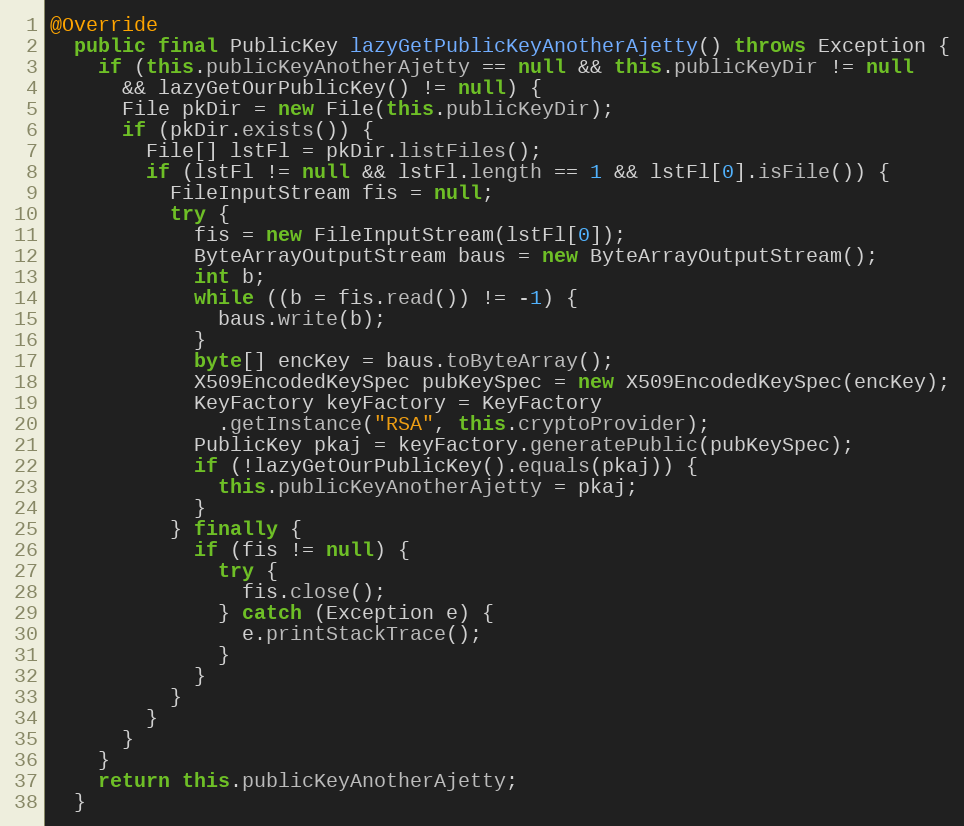
Language: Java
@Override
  public final PublicKey lazyGetPublicKeyAnotherAjetty() throws Exception {
    if (this.publicKeyAnotherAjetty == null && this.publicKeyDir != null
      && lazyGetOurPublicKey() != null) {
      File pkDir = new File(this.publicKeyDir);
      if (pkDir.exists()) {
        File[] lstFl = pkDir.listFiles();
        if (lstFl != null && lstFl.length == 1 && lstFl[0].isFile()) {
          FileInputStream fis = null;
          try {
            fis = new FileInputStream(lstFl[0]);
            ByteArrayOutputStream baus = new ByteArrayOutputStream();
            int b;
            while ((b = fis.read()) != -1) {
              baus.write(b);
            }
            byte[] encKey = baus.toByteArray();
            X509EncodedKeySpec pubKeySpec = new X509EncodedKeySpec(encKey);
            KeyFactory keyFactory = KeyFactory
              .getInstance("RSA", this.cryptoProvider);
            PublicKey pkaj = keyFactory.generatePublic(pubKeySpec);
            if (!lazyGetOurPublicKey().equals(pkaj)) {
              this.publicKeyAnotherAjetty = pkaj;
            }
          } finally {
            if (fis != null) {
              try {
                fis.close();
              } catch (Exception e) {
                e.printStackTrace();
              }
            }
          }
        }
      }
    }
    return this.publicKeyAnotherAjetty;
  }